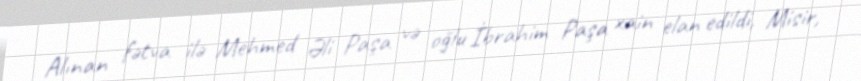
Alınan fətva ilə Mehmed Əli Paşa və oğlu İbrahim Paşa xain elan edildi, Misir,